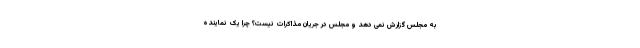
به مجلس گزارش نمی دهد و مجلس در جریان مذاکرات نیست؟ چرا یک نماینده